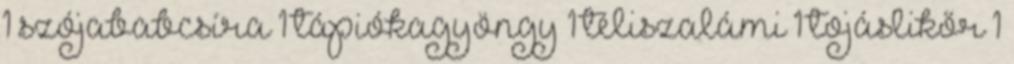
1 szójababcsíra 1 tápiókagyöngy 1 téliszalámi 1 tojáslikőr 1